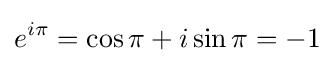
e^{i\pi }=\cos {\pi }+i\sin {\pi }=-1